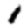
Digit: 1